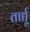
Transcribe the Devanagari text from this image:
तार्द्यू